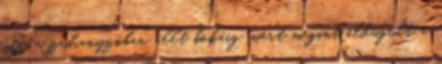
víz a zuhanyzóban állt bokáig, mert megint eldugult a